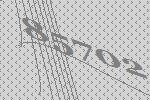
85702